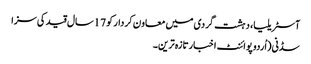
آسٹریلیا، دہشت گردی میں معاون کردار کو 17سال قید کی سزا
سڈنی(اُردو پوائنٹ اخبارتازہ ترین۔